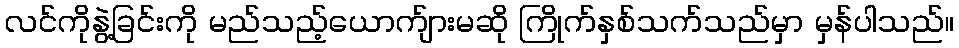
လင်ကိုနွဲ့ခြင်းကို မည်သည့်ယောက်ျားမဆို ကြိုက်နှစ်သက်သည်မှာ မှန်ပါသည်။